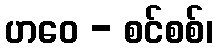
ဟဝေ - စင်စစ်၊